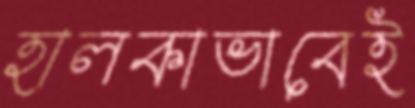
হালকাভাবেই